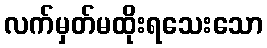
လက်မှတ်မထိုးရသေးသော